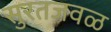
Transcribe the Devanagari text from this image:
सुरतजवळ